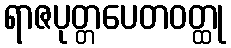
ရာဇပုတ္တပေတဝတ္ထု